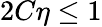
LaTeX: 2C\eta\leq 1